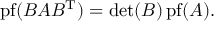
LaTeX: \operatorname { p f } ( B A B ^ { \mathrm { T } } ) = \operatorname* { d e t } ( B ) \operatorname { p f } ( A ) .